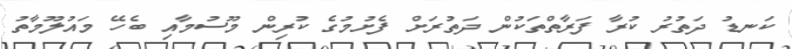
ކަނޑު ދަތުރު ކުރާ ފަރާތްތަކުން ދަތުރަށް ފެށުމުގެ ކުރިން މޫސުމާއި ބެހޭ މައުލޫމާތު